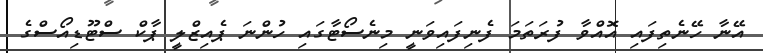
އޭނާ ހޭނެތިފައި އޮއްވާ ފުރަތަމަ ފެނިފައިވަނީ މިނެސޯޓާގައި ހުންނަ ޕެއިޒްލީ ޕާކް ސްޓޫޑިއޯސްގެ